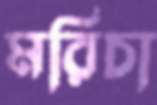
মরিচা